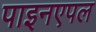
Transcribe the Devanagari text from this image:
पाइनएपल